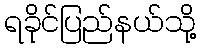
ရခိုင်ပြည်နယ်သို့